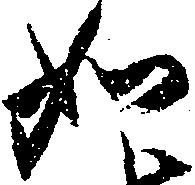
如